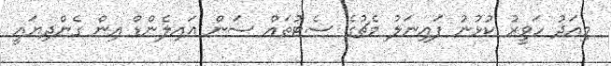
މިއަދު ހަވީރު ކުޅުނު ފައިނަލު މެޗުގެ ސެޓުތައް ސަން އައިލެންޑް އިން ގެންދިޔައީ